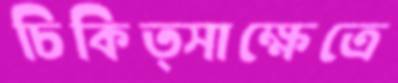
চিকিত্সাক্ষেত্রে